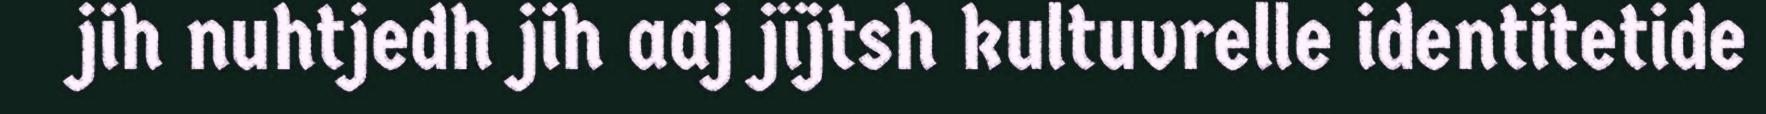
jih nuhtjedh jih aaj jïjtsh kultuvrelle identitetide